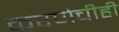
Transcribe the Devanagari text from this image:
करणेचीही